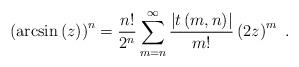
LaTeX: \begin{align*}\left( \arcsin\left( z\right) \right) ^{n}=\frac{n!}{2^{n}}\sum_{m=n}^{\infty}\frac{\left\vert t\left( m,n\right) \right\vert }{m!}\left(2z\right) ^{m}\ . \end{align*}